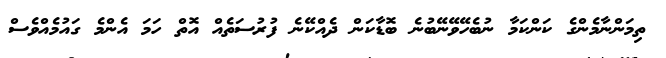
ތިމަންނާމެންގެ ކަންކަމާ ނުބެހޭވޭނޭބުނެ ބޮޑާކަން ދެއްކޭނެ ފުރުސަތެއް އޮތް ހަމަ އެންމެ ގައުމެއްވެސް